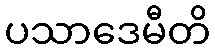
ပသာဒေမီတိ